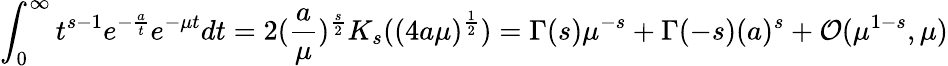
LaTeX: \int_{0}^{\infty}t^{s-1}e^{-{\frac{a}{t}}}e^{-\mu t}dt=2({\frac{a}{\mu}})^{\frac{s}{2}}K_{s}((4a\mu)^{\frac{1}{2}})=\Gamma(s)\mu^{-s}+\Gamma(-s)({a})^{s}+{\cal O}(\mu^{1-s},\mu)